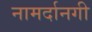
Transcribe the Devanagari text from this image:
नामर्दानगी